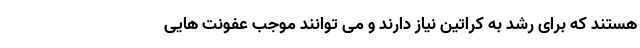
هستند که برای رشد به کراتین نیاز دارند و می توانند موجب عفونت هایی